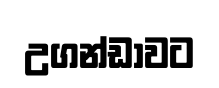
උගන්ඩාවට